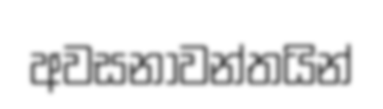
අවසනාවන්තයින්